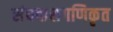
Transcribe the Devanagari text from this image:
संघदासगणिकृत